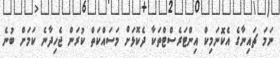
ނަމަ ޗައިނާގެ އެކޮނަމިކް އިންޓަރެސްޓްތަކާ ދެކޮޅަށް މަސައްކަތް ކުރަން ޖެހިދާނެ ކަމަށް ބުނެ